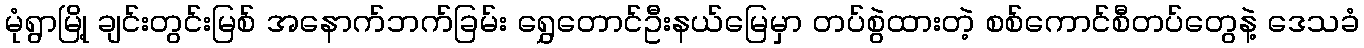
မုံရွာမြို့ ချင်းတွင်းမြစ် အနောက်ဘက်ခြမ်း ရွှေတောင်ဦးနယ်မြေမှာ တပ်စွဲထားတဲ့ စစ်ကောင်စီတပ်တွေနဲ့ ဒေသခံ